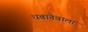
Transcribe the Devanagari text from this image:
धबानेवाला